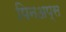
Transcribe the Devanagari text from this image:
पिनअप्स